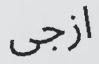
ازجى